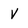
Character: V